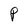
Character: P